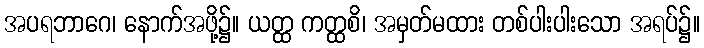
အပရဘာဂေ၊ နောက်အဖို့၌။ ယတ္ထ ကတ္ထစိ၊ အမှတ်မထား တစ်ပါးပါးသော အရပ်၌။